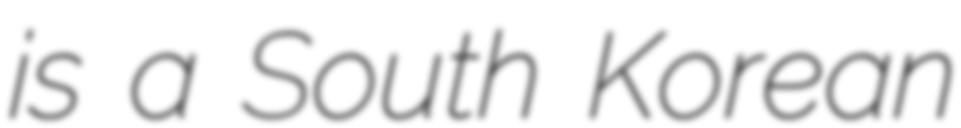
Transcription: is a South Korean